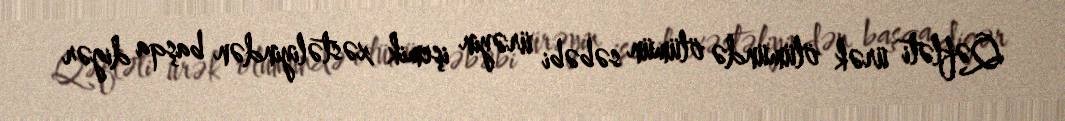
Qəfləti ürək ölümündə ölümün səbəbi ürəyin işemik xəstəliyindən başqa digər